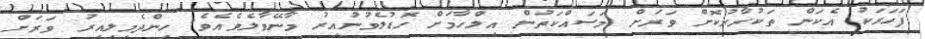
ފަހަރަކު އެކަން ތަކުރާރުކޮށް ވަރަށް މަސައްކަތުން އިލްހާމަށް ހޮޑުލެވުނުއިރު މާނޭވާލެވެއެވެ. ހިންދެމިލިއިރު ވަރަށް